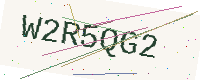
Text: W2R5QG2